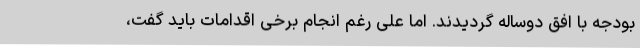
بودجه با افق دوساله گردیدند. اما علی رغم انجام برخی اقدامات باید گفت،